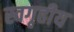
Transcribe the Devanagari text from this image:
स्वगृहीय